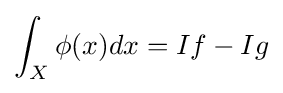
\int _{X}\phi (x)dx=If-Ig